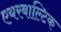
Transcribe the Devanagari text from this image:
एयरबाल्टिक